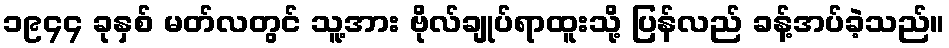
၁၉၄၄ ခုနှစ် မတ်လတွင် သူ့အား ဗိုလ်ချုပ်ရာထူးသို့ ပြန်လည် ခန့်အပ်ခဲ့သည်။